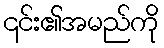
၎င်း၏အမည်ကို